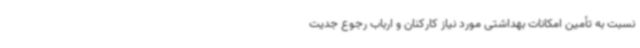
نسبت به تأمین امکانات بهداشتی مورد نیاز کارکنان و ارباب رجوع جدیت